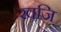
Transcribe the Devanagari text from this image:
खजि